Indian journal of veterinary science and animal husbandry - Volume 6,
Year: 1936
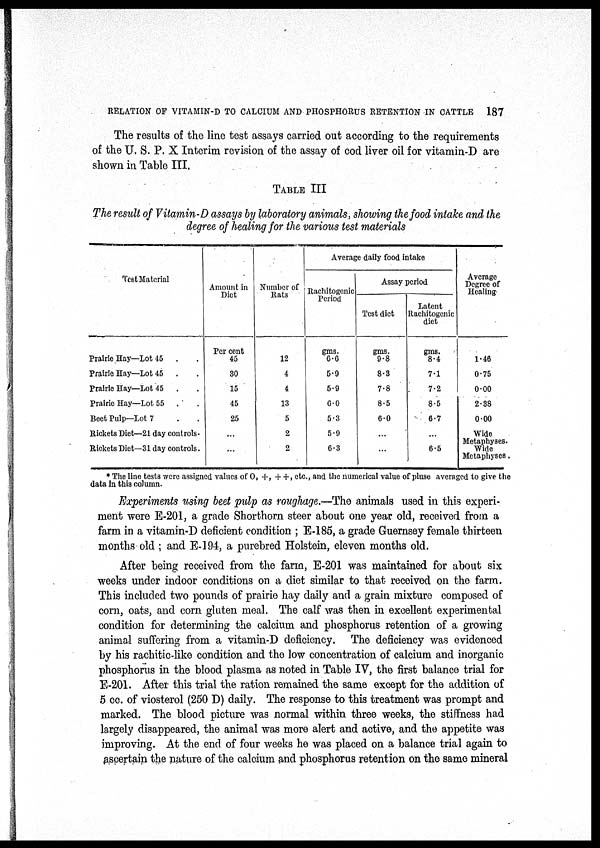
RELATION OF VITAMIN-D TO CALCIUM AND PHOSPHORUS RETENTION IN CATTLE
187
The results of the line test assays carried out according to the requirements
of the U. S. P. X Interim revision of the assay of cod liver oil for vitamin-D are
shown in Table III.
TABLE III
The result of Vitamin-D assays by laboratory animals, showing the food intake and the
degree of healing for the various test materials
Test Material
Prairie Hay—Lot 45 . .
Prairie Hay—Lot 45 . .
Prairie Hay—Lot 45 . .
Prairie Hay—Lot 55 . .
Beet Pulp—Lot 7 . .
Rickets Diet—21 day controls .
Rickets Diet—31 day controls .
Amount in
Diet
Per cent
45
30
15
45
25
...
...
Number of
Rats
12
4
4
13
5
2
2
Average daily food intake
Rachitogenic
Period
gms.
6.6
5.9
5.9
6.0
5.3
5.9
6.3
Assay period
Test diet
gms.
9.8
8.3
7.8
8.5
6.0
...
...
Latent
Rachitogenic
diet
gms.
8.4
7.1
7.2
8.5
6.7
...
6.5
Average
Degree of
Healing
1.46
0.75
0.00
2.38
0.00
Wide
Metaphyses.
Wide
Metaphyses.
* The line tests were assigned values of O, +, + +, etc., and the numerical value of pluse averaged to give the
data in this column.
Experiments using beet pulp as roughage.—The animals used in this experi-
ment were E-201, a grade Shorthorn steer about one year old, received from a
farm in a vitamin-D deficient condition ; E-185, a grade Guernsey female thirteen
months old ; and E-194, a purebred Holstein, eleven months old.
After being received from the farm, E-201 was maintained for about six
weeks under indoor conditions on a diet similar to that received on the farm.
This included two pounds of prairie hay daily and a grain mixture composed of
corn, oats, and corn gluten meal. The calf was then in excellent experimental
condition for determining the calcium and phosphorus retention of a growing
animal suffering from a vitamin-D deficiency. The deficiency was evidenced
by his rachitic-like condition and the low concentration of calcium and inorganic
phosphorus in the blood plasma as noted in Table IV, the first balance trial for
E-201. After this trial the ration remained the same except for the addition of
5 cc. of viosterol (250 D) daily. The response to this treatment was prompt and
marked. The blood picture was normal within three weeks, the stiffness had
largely disappeared, the animal was more alert and active, and the appetite was
improving. At the end of four weeks he was placed on a balance trial again to
ascertain the nature of the calcium and phosphorus retention on the same mineral